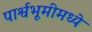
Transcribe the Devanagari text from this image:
पार्श्वभूमीमध्ये